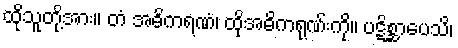
ထိုသူတို့အား။ တံ အဓိကရဏံ၊ ထိုအဓိကရုဏ်းကို။ ပဋိစ္ဆာပေသိ၊